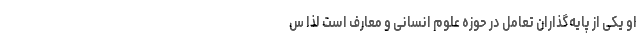
او یکی از پایه‌گذاران تعامل در حوزه علوم انسانی و معارف است لذا س